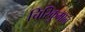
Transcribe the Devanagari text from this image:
चिरिकुमान